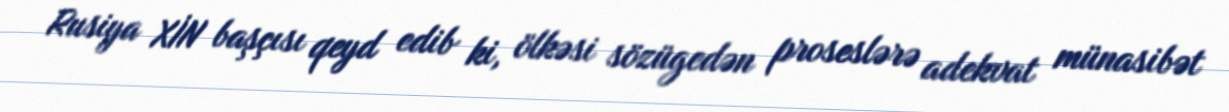
Rusiya XİN başçısı qeyd edib ki, ölkəsi sözügedən proseslərə adekvat münasibət